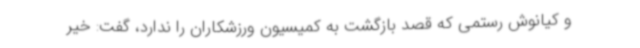
و کیانوش رستمی که قصد بازگشت به کمیسیون ورزشکاران را ندارد، گفت: خیر